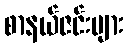
စာနယ်ဇင်းများ